Vital statistics of India. Vol. IV, Annual returns from 1871 to 1876. British Army of India, Native Army and jails of Bengal
Year: 1871
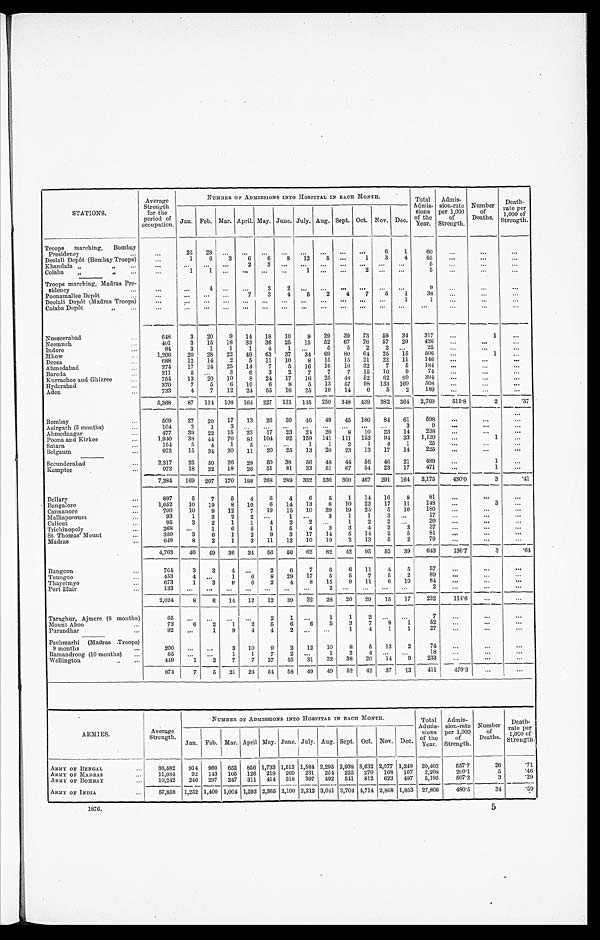
S TATI ONS .
Average
Strength
for the period
of
occupation.
NUMBER OF ADMISSIONS INTO HOSPITAL IN EACH MONTH.
Total
Admis-
sions o f t h e
Year.
Admis-
sion-rate
per 1,000
of
Strength.
Number
of
Deaths.
Death-
rate per
1,000 of'
Strength.
Jan. Feb. Mar. April. May. June. July. Aug. Sept. Oct. Nov. Dec.
Troops marching, Bombay
Presidency
...
. . .
25
28 ...
...
...
...
...
...
...
...
6
1
60
...
. . .
. . .
Deolali Depot (Bombay Troops)
. . .
1
6
3
6
6
8
12
5 ...
1
3
4
55
. . .
. . .
. . .
Khandala „ ,,
. . .
. . .
. . .
...
...
2
3
. . .
. . .
. . . . . .
. . .
. . .
. . .
5
. . .
. . . ...
Colaba
„ , ,
. . .
. . .
1
1 ..
..
..
..
1
. . . . . .
2
. . .
. . .
5
. . .
. . .
. . .
Troops marching, Madras Pre-
. . .
...
4
. . .
3
2
. . .
. . .
. . . . . .
. . .
. . .
. . .
9
. . .
. . .
...
sidency
...
Poonamallee Depot ,,
...
. . .
...
. . .
...
7
3
4
5
2
4
7
5
1
38
. . .
...
. . .
Deolali Depot (Madras Troops)
...
...
...
...
...
...
...
...
...
...
...
1
1
. . .
...
...
Colaba Depot
,,
. . .
. . . . .
..
...
...
...
...
...
...
...
...
..
...
...
. . .
. . .
...
...
Nusseerabad
...
648
3
20
9
14
18
10
9
29
39 73
59
34
317
...
1
...
Neemuch
. . .
401
3
15
18 33
36
25
15
52
67
70
57
29
426
...
. . .
. . .
Indore
...
84
3
1
1
1
4
1
. . .
5
5
2
2 ...
25
...
. . .
. . .
Mhow
1,206
20
28
22 49
63
37
34
69
80
64
25
15
506
...
1
. . .
Deesa
. . .
688
12
14
2
5
11
10
8
15
15
21
22
11
146
...
. . . ...
Ahmedabad
...
274
17
24
25
14
7
5
16
16
16
32
7
5
184
...
...
. . .
Baroda
. . .
211
5
. . .
3
6
3
2
7
7
7
15
10
9
74
...
. . .
. . .
Kurrachee and Ghizree
...
754
13
20
10
8
24 17
16 25
48
52
62 99
39.4
...
. . .
. . .
Hyderabad
. . .
370
7
5
6
10
6
8
5
13
57
98 133 160
508
...
...
. . .
Aden
733
4
7
12
24
55
16
25
19
14
6
5
2
189
...
...
. . .
Bombay
5,368
87 134 108 161 227 131 135 250 348 439 382 364 2,769
515.8
2
.37
509
27
20
17
13
26
30
46
49 45 180
84
61
598
. . .
. . .
. . .
Asirgarh (5 months)
. . .
104
2
1
3
. . . . . .
...
...
...
...
...
...
3
9
...
...
...
Ahmednagar
...
477
39
22
15
23
17
23
24 20
8
10
23
14
238
. . .
. . .
. . .
Poona and Kirkee
...
1,940
38
44
70
81 104
92 159 141 111 153
94
33 1,120
...
1
. . .
Satara
. . .
154
5
4
1
5
. . .
. . .
1
1
2
1
4
1
2 5
. . .
...
. . .
Belgaum
...
972
15
34
20
11
20
25
13
20
23
13
17
14
225
. . .
. . .
. . .
Secunderabad
. . .
2,317
25
50
26
29
50 38
56
48 44
56
46
21
489
...
1
. . .
Kamptee
. . .
972
18
32
18
26
-
51
81
33
51
67
54
23
17
471
...
1
-
...
Bellary
. . .
7,384
_
169
--
207 170 188 268 289 332 330 300 467 291 164 3,175
430.0
-
3
. 4 1
897
5
7
5
4
6
4
6
5
1
14
16
8
81
...
...
...
Bangalore
...
1,652
10
19
8 10
6
14
13
8
10
22
17
11
148
. . .
3
. . .
Cannanore
...
700
10
9
12
7
19
15
10
39
19
25
5
10
180
...
...
...
Malliapoorum
. . .
93
1
3
2
2
. . .
1
. . . 3
1
1
3
. . .
17
. . .
. . .
...
Calicut
...
95
3
2
1
1
4
2
2 ...
1
2
2 ...
20
...
. . .
. . .
Trichinopoly
...
268 ...
1
6
5
1
5
4
3
3
4
2
3
37
. . .
...
...
St. Thomas' Mount
. . .
350
3
6
1
2
9
3
17
14
5
14
2
5
81
...
. . .
. . .
Madras
649
8
2
1
3
11
12
]0
10
2
13
5
2
79
. . .
...
. . .
4,703
40
49
36
34
56
56
62
82
42
95
52
39
643
136.7
3
.64
Rangoon
...
764
3
3
4
. . .
2
6
7
6
6
11
4
5
57
. . .
. . .
...
Toungoo
...
453
4
. . . 1
6
8
29
17
5
5
7
5
2
89
. . .
. . . .
. . .
Thayetmyo
...
673
1
3
9
6
2
4
8
15
9
11
6
10
84
...
...
. . .
Port Blair
...
133
. . .
. . .
...
...
. . .
. . .
. . .
2
. . .
. . .
. . .
. . .
2
. . .
...
...
Taraghur, Ajmere (8 months)
2,024
8
6
14
12
12
39
32
28
20 29
15
17
232
114.6
...
...
6 5
. . .
. . .
. . .
. . . 2
1 ...
1
1
2 ...
...
7
...
...
...
Mount Aboo
...
73
6
2
1
2
5
6
6
5
2
7
9
1
52
...
...
. . .
Purandhar
92
...
1
9
4
4
2 ...
...
1
4
1
1
27
...
...
. . .
Pachmarhi (Madras .Troops)
200
...
...
3
10
9
2
12
10
8
5
13
2
74
...
...
...
9 months
...
Ramandroog (10 months)
...
6 5
. . .
. . .
1
1
7
2 ...
1
2
4
. . .
. . .
18
. . .
...
...
Wellington
..
...
449
1
2
7
7
27
45
31
---
32
38
20
-
14
9
233
. . .
. . .
. . .
874
7
5
21
24
54 58
49
49
52
42
37
13
411
470.3
. . .
. . .
ARMIES.
Average
Strength.
NUMBER OF ADMISSIONS INTO HOSPITAL IN EACH MONTH.
Total
Admis-
sions
o f the
Year.
Admis-
sion-rate
per 1,000 o f
Strength.
Number
of D e a t h s .
Death-
r a t e p e r 1 , 0 0 0 o f S t r e n g t h .
Jan. Feb. Mar. April. May. June. July. Aug. Sept. Oct. Nov. Dec.
ARMY OF BENGAL
...
36,582
914 960 652 856 1,733 1,513 1,584 2,295 2,938 3,632 2,077 1,249 20,403
557.7
26
. 7 1
ARMY OF MADRAS
...
11,034
92 143 105 126 218 269 231 254 225 270 168 107 2,208
200'1
5
.46
ARMY OF BOMBAY
...
1 0 , 2 4 2 246 297 247 311 414 318 397 492 541 812 623 497 5,195
507.2
3
.29
ARMY OF INDIA
...
57,858 1,252 1,400 1,004 1,293 2,365 2,100 2,212 3,041 3,704 4,714 2,868 1,853 27,806
480.5
34
.59
1876.
5